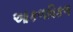
આકળવિકળ